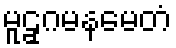
မူဠှဂမနမေတံ